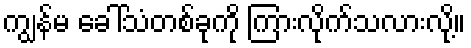
ကျွန်မ ခေါ်သံတစ်ခုကို ကြားလိုက်သလားလို့။